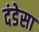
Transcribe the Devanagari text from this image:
दंडेसा